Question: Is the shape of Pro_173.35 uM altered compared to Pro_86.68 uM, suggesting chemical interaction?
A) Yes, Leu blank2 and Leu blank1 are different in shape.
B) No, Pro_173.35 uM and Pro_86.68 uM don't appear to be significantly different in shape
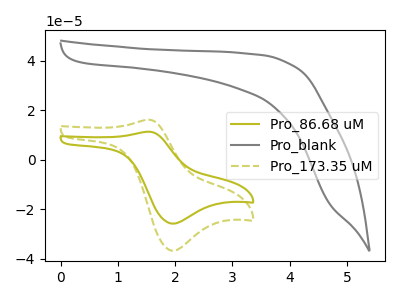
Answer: <think>The olive curve "Pro_86.68 uM" has an anodic peak at (1.55V, 11.35uA) and a cathodic peak at (1.95V, -25.80uA). The gray curve "Pro_blank" has no peaks. The olive dashed curve "Pro_173.35 uM" has an anodic peak at (1.55V, 16.20uA) and a cathodic peak at (1.95V, -36.75uA).
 All the peaks in "Pro_173.35 uM" have a peak in "Pro_86.68 uM" at the same potential. Every peak in "Pro_173.35 uM" is higher than every peak in "Pro_86.68 uM".</think>
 <answer>B) No, "Pro_173.35 uM" and "Pro_86.68 uM" don't appear to be significantly different in shape</answer>
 <eval>B</eval>